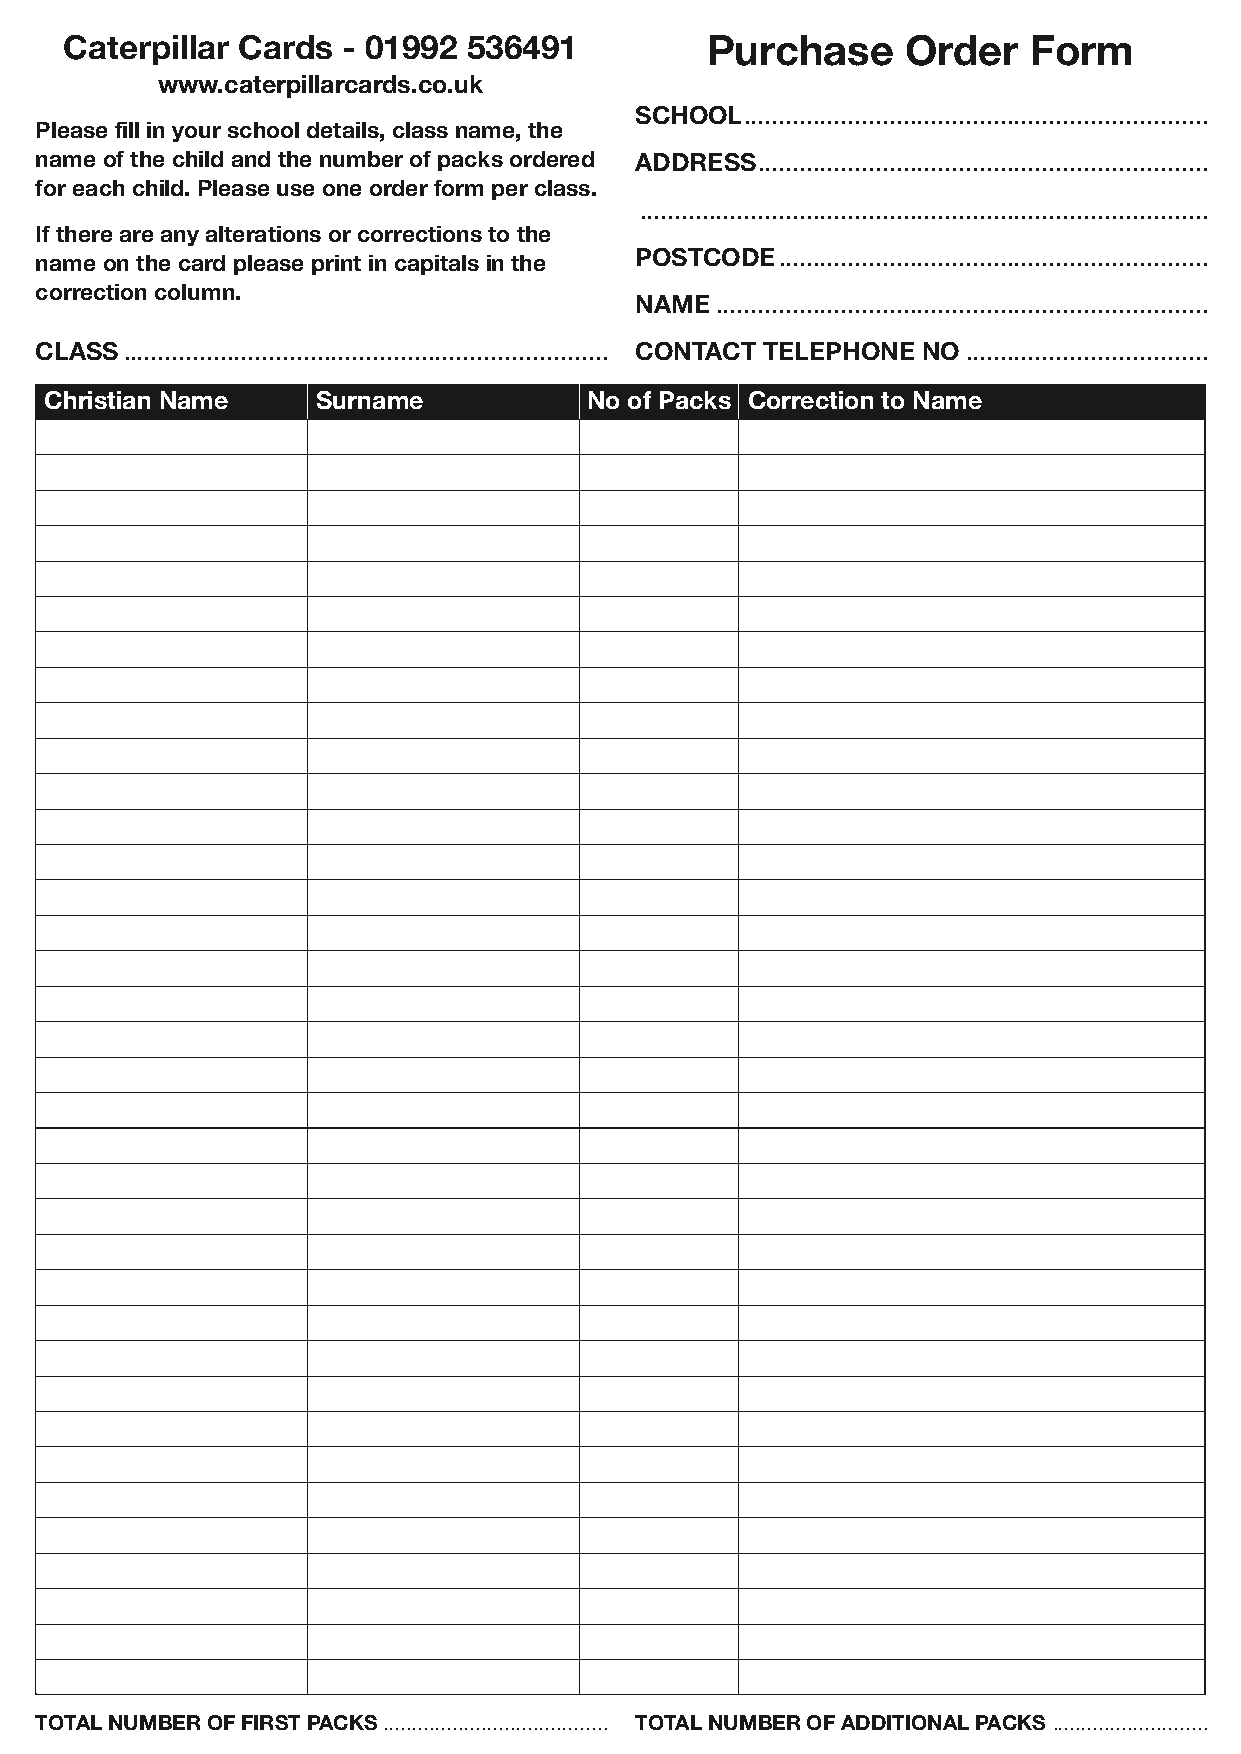
Caterpillar Cards  - 01992 536491          Purchase     Order   Form
 www.caterpillarcards.co.uk
 SCHOOL...................................................................
 Please fill in your school details, class name, the
 name of the child and the number of packs ordered ADDRESS.................................................................
 for each child. Please use one order form per class.
 ..................................................................................
 If there are any alterations or corrections to the
 POSTCODE..............................................................
 name on the card please print in capitals in the
 correction column.
 NAME .......................................................................
 CLASS...................................................................... CONTACT TELEPHONE NO ...................................
 Christian Name    Surname           No of Packs Correction to Name
 TOTAL NUMBER OF FIRST PACKS ....................................... TOTAL NUMBER OF ADDITIONAL PACKS ...........................